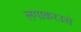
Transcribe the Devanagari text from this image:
लगाकरउसे